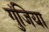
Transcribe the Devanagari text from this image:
गुंजिया